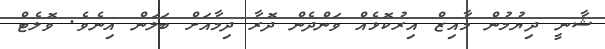
ޝާނީ ދިޔުމުން މާއިޒް އިރުކޮޅެއް ވަންދެން ދޮރާ ދިމާއަށް ބަލަން އިނެވެ. ވޮލެޓް